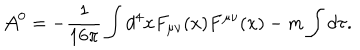
{ \cal A } ^ { 0 } = - \frac { 1 } { 1 6 \pi } \int d ^ { 4 } x F _ { \mu \nu } ( x ) F ^ { \mu \nu } ( x ) - m \int d \tau .